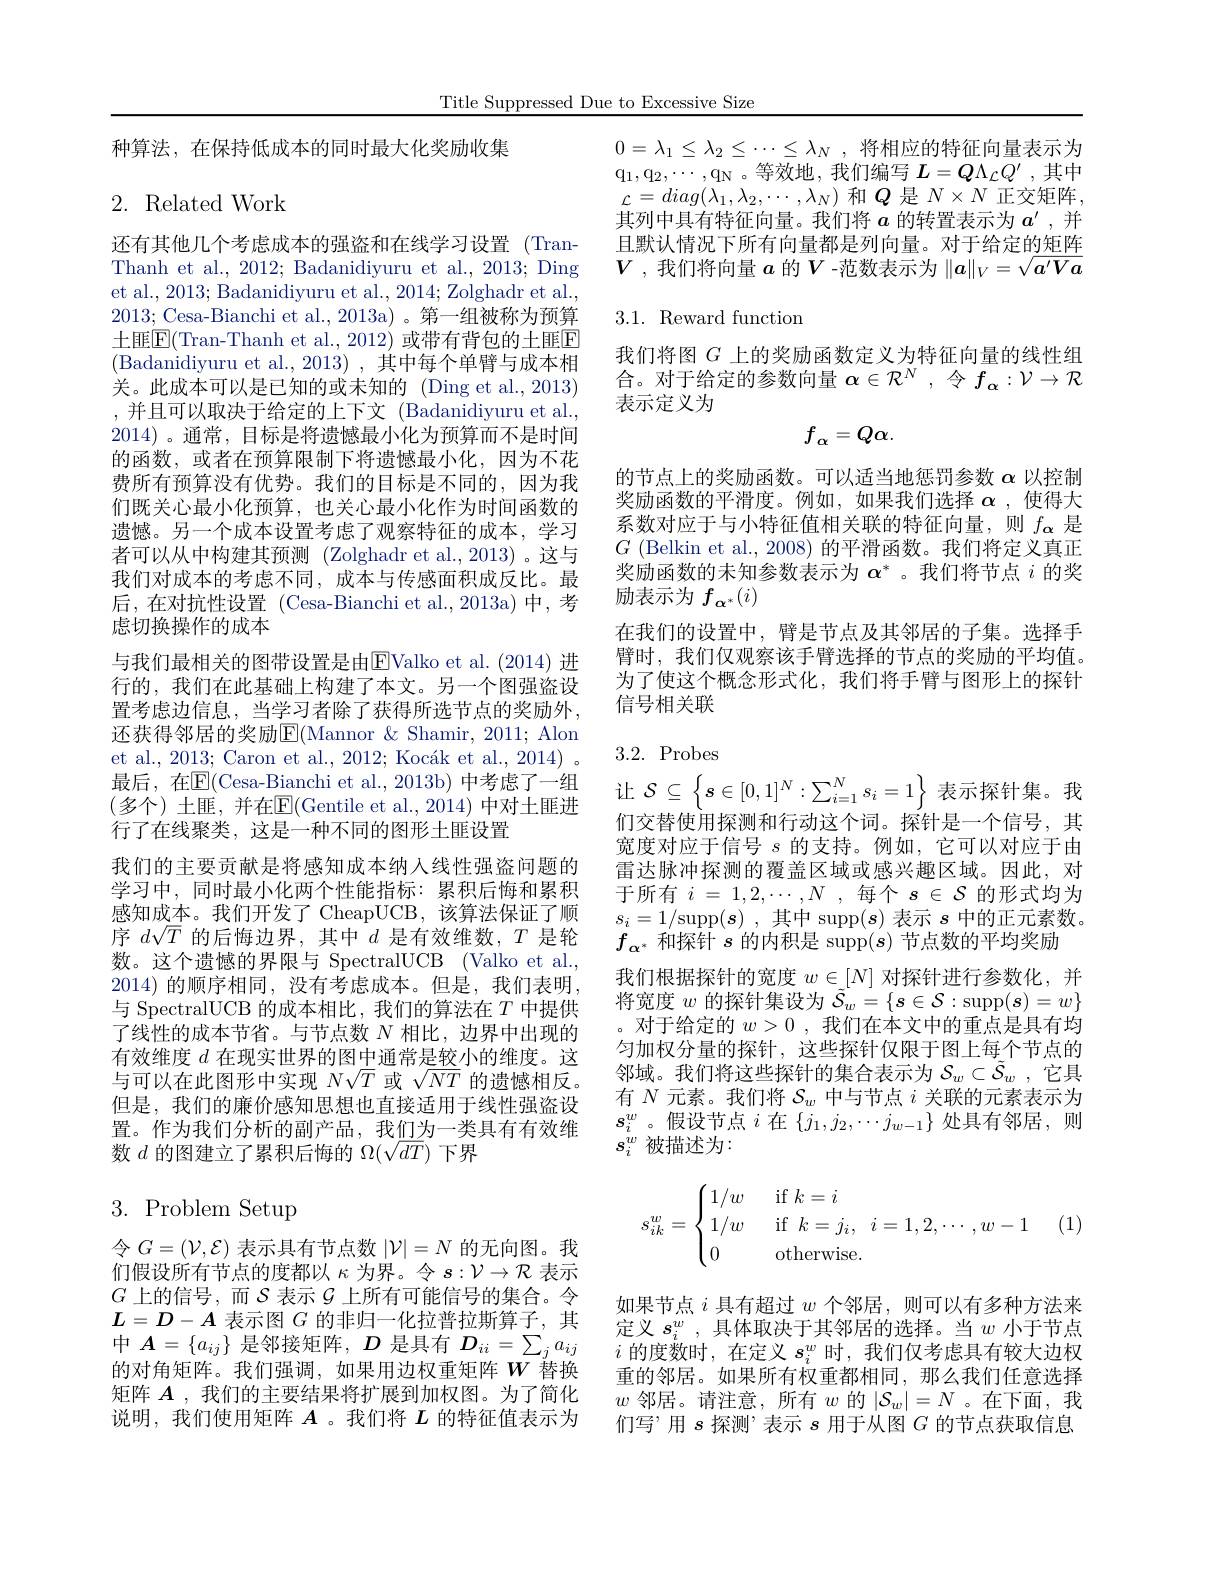
Title Suppressed Due to Excessive Size

种算法，在保持低成本的同时最大化奖励收集

## 2. Related Work

还有其他几个考虑成本的强盗和在线学习设置(TranThanh et al., 2012; Badanidiyuru et al., 2013; Ding et al., 2013; Badanidiyuru et al., 2014; Zolghadr et al., 2013; Cesa-Bianchi et al.,2013a)。第一组被称为预算土匪$\boxed{\mathrm{E}}($Tran-Thanh et al.,2012) 或带有背包的土匪$\boxed{\mathrm{F}}$ (Badanidiyuru et al., 2013) , 其中每个单臂与成本相关。此成本可以是已知的或未知的(Ding et al.,2013) ,并且可以取决于给定的上下文 (Badanidiyuru et al., 2014) 。通常，目标是将遗憾最小化为预算而不是时间的函数，或者在预算限制下将遗憾最小化，因为不花费所有预算没有优势。我们的目标是不同的，因为我们既关心最小化预算，也关心最小化作为时间函数的遗憾。另一个成本设置考虑了观察特征的成本，学习者可以从中构建其预测 (Zolghadr et al.,2013)。这与我们对成本的考虑不同，成本与传感面积成反比。最后，在对抗性设置(Cesa-Bianchi et al.,2013a)中，考虑切换操作的成本
与我们最相关的图带设置是由$\overline{\mathrm{E}}$Valko et al.(2014)进行的，我们在此基础上构建了本文。另一个图强盗设置考虑边信息，当学习者除了获得所选节点的奖励外， 还获得邻居的奖励$\mathsf E($Mannor &Shamir, 2011; Alon et al., 2013; Caron et al., 2012; Kocák et al., 2014) 。最后，在E(Cesa-Bianchi et al.,2013b) 中考虑了一组(多个)土匪，并在$\mathbb{E}($Gentile et al.,2014) 中对土匪进行了在线聚类，这是一种不同的图形土匪设置
我们的主要贡献是将感知成本纳人线性强盗问题的学习中，同时最小化两个性能指标：累积后悔和累积感知成本。我们开发了 CheapUCB,该算法保证了顺序$d\sqrt T$的后悔边界，其中$d$是有效维数，$T$是轮数。这个遗憾的界限与 SpectralUCB (Valko et al., 2014) 的顺序相同，没有考虑成本。但是，我们表明， 与 SpectralUCB 的成本相比，我们的算法在$T$中提供了线性的成本节省。与节点数$N$相比，边界中出现的有效维度$d$在现实世界的图中通常是较小的维度。这与可以在此图形中实现$N\sqrt{T}$或$\sqrt{NT}$的遗憾相反。但是，我们的廉价感知思想也直接适用于线性强盗设置。作为我们分析的副产品，我们为一类具有有效维数$d$的图建立了累积后悔的$\Omega(\sqrt dT)$下界
$3.{\mathrm{Problem}}$Setup

令$G=(\mathcal{V},\mathcal{E})$表示具有节点数$|\mathcal{V}|=N$的无向图。我们假设所有节点的度都以$\kappa$为界。令$s:\mathcal{V}\to\mathcal{R}$表示$G$上的信号，而$\mathcal{S}$表示$\mathcal{G}$上所有可能信号的集合。令$L=D-A$表示图$G$的非归一化拉普拉斯算子，其中$\boldsymbol A=\{a_ij\}$是邻接矩阵，$D$是具有$D_ii=\sum_ja_{ij}$ 的对角矩阵。我们强调，如果用边权重矩阵$W$ 替换矩阵$A$ ,我们的主要结果将扩展到加权图。为了简化说明，我们使用矩阵$A$ 。我们将$L$的特征值表示为

$0= \lambda _1\leq \lambda _2\leq \cdots \leq \lambda _N$ ,将相应的特征向量表示为$q_1$, $q_2$, $\cdots$, $q_N$ 。等 效 地 , 我 们 编 写 $L= Q\Lambda _{\mathcal{L} }Q^{\prime }$ ,其中$\mathcal{L}=diag(\lambda_1,\lambda_2,\cdots,\lambda_N)$ 和$Q$ 是 $N\times N$ 正交矩阵， 其列中具有特征向量。我们将$a$的转置表示为$a^{\prime}$,并且默认情况下所有向量都是列向量。对于给定的矩阵$V$ ,我们将向量$a$的$V$ -范数表示为$\|a\|_V=\sqrt{a^{\prime}Va}$

## 3.1. Reward function

我们将图$G$上的奖励函数定义为特征向量的线性组合。对于给定的参数向量$\alpha\in\mathcal{R}^N$ ,令$f_\alpha:\mathcal{V}\to\mathcal{R}$ 表示定义为
$$f_\alpha=Q\alpha.$$
的节点上的奖励函数。可以适当地惩罚参数$\alpha$以控制奖励函数的平滑度。例如，如果我们选择$\alpha$ ,使得大系数对应于与小特征值相关联的特征向量，则$f_{\boldsymbol{\alpha}}$是$G$ (Belkin et al., 2008) 的平滑函数。我们将定义真正奖励函数的未知参数表示为$\alpha^*$ 。我们将节点$i$的奖励表示为$f_{\alpha^*}(i)$
在我们的设置中，臂是节点及其邻居的子集。选择手臂时，我们仅观察该手臂选择的节点的奖励的平均值。为了使这个概念形式化，我们将手臂与图形上的探针信号相关联

### 3.2. Probes

让$\mathcal{S}\subseteq\left\{s\in[0,1]^N:\sum_{i=1}^Ns_i=1\right\}$表示探针集。我们交替使用探测和行动这个词。探针是一个信号，其宽度对应于信号$s$的支持。例如，它可以对应于由雷达脉冲探测的覆盖区域或感兴趣区域。因此，对于所有$i=1,2,\cdots,N$,每个$s\in\mathcal{S}$的形式均为$s_{i}=1/$supp$( s)$ ,其中$\operatorname{supp}(s)$表示$s$中的正元素数。$f_{\alpha^*}$和探针$s$的内积是 supp$(\boldsymbol{s})$节点数的平均奖励
我们根据探针的宽度$w\in[N]$对探针进行参数化，并将宽度$w$的探针集设为$\tilde{S}_w=\{s\in\mathcal{S}:\operatorname{supp}(\boldsymbol{s})=w\}$ 。对于给定的$w>0$ ,我们在本文中的重点是具有均匀加权分量的探针，这些探针仅限于图上每个节点的邻域。我们将这些探针的集合表示为$\mathcal{S} _w\subset \tilde{\mathcal{S} } _w$ , 它 具 有$N$元素。我们将$\mathcal{S}_w$中与节点$i$关联的元素表示为$s_i^w$。假设节点$i$在$\{j_1,j_2,\cdots j_{w-1}\}$处具有邻居，则$s_i^w$被描述为：
$$s_{ik}^w=\begin{cases}1/w&\text{if}\:k=i\\1/w&\text{if}\:k=j_i,\:i=1,2,\cdots,w-1\\0&\text{otherwise.}\end{cases}$$
(1)

如果节点$i$具有超过$w$个邻居，则可以有多种方法来定义$s_i^w$ ,具体取决于其邻居的选择。当$w$小于节点$i$的度数时，在定义$s_i^w$时，我们仅考虑具有较大边权重的邻居。如果所有权重都相同，那么我们任意选择$w$邻居。请注意，所有$w$的$|\mathcal{S}_w|=N$ 。在下面，我们写”用$s$探测”表示$s$用于从图$G$的节点获取信息